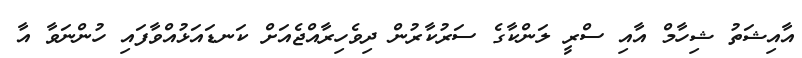
އާއިޝަތު ޝިހާމް އާއި ސްރީ ލަންކާގެ ސަރުކާރުން ދިވެހިރާއްޖެއަށް ކަނޑައަޅުއްވާފައި ހުންނަވާ އާ